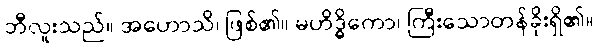
ဘီလူးသည်။ အဟောသိ၊ ဖြစ်၏။ မဟိဒ္ဓိကော၊ ကြီးသောတန်ခိုးရှိ၏။